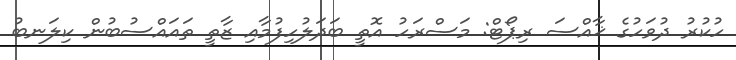
ހުކުރު ދުވަހުގެ ޚާއްސަ ރިޕޯޓް: މަސްރަހު އޮތީ ބަދަލުހިފުމާއި ޒާތީ ތައައްސުބުން ކިލަނބު